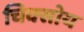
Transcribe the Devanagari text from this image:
चिक्सोय